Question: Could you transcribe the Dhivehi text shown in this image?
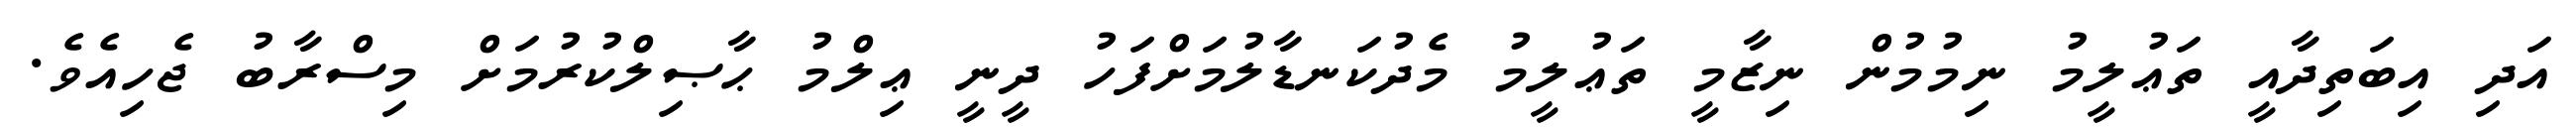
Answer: އަދި އިބަތިދާއީ ތަޢުލީމު ނިމުމުން ނިޒާމީ ތަޢުލީމު މެދުކަނޑާލުމަށްފަހު ދީނީ ޢިލްމު ޙާޞިލްކުރުމަށް މިސްރާބު ޖެހިއެވެ.